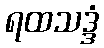
ရထသဒ္ဒံ